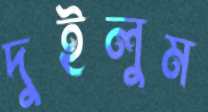
দুইলুম